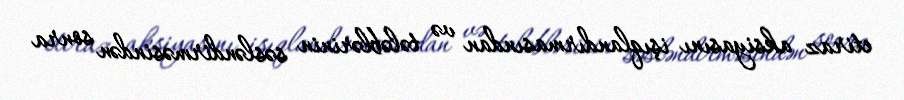
etiraz aksiyasını işıqlandırmasından və tələblərinin səsləndirməsindən sonra